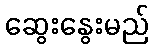
ဆွေးနွေးမည်